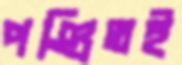
পণ্ডিতই